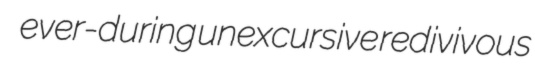
ever-during unexcursive redivivous